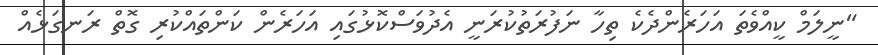
"ނީލަމް ކީއްވެތަ އަހަރެންދެކެ ތިހާ ނަފުރަތުކުރަނީ އެދުވަސްކޮޅުގައި އަހަރެން ކަންތައްކުރި ގޮތް ރަނގަޅެއް